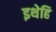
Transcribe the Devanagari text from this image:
इथेहि